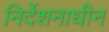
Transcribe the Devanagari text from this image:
निर्देशनाधीन